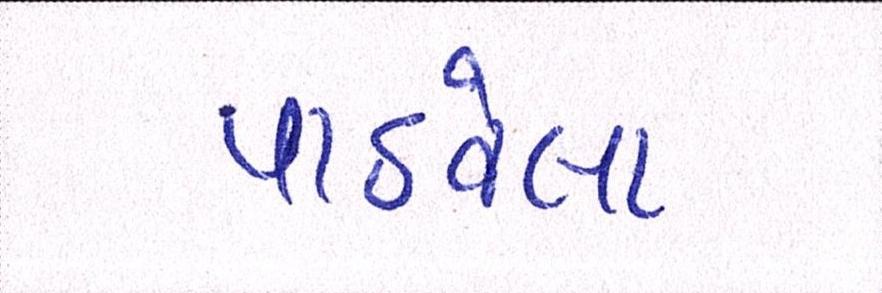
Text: પાઠવેલા